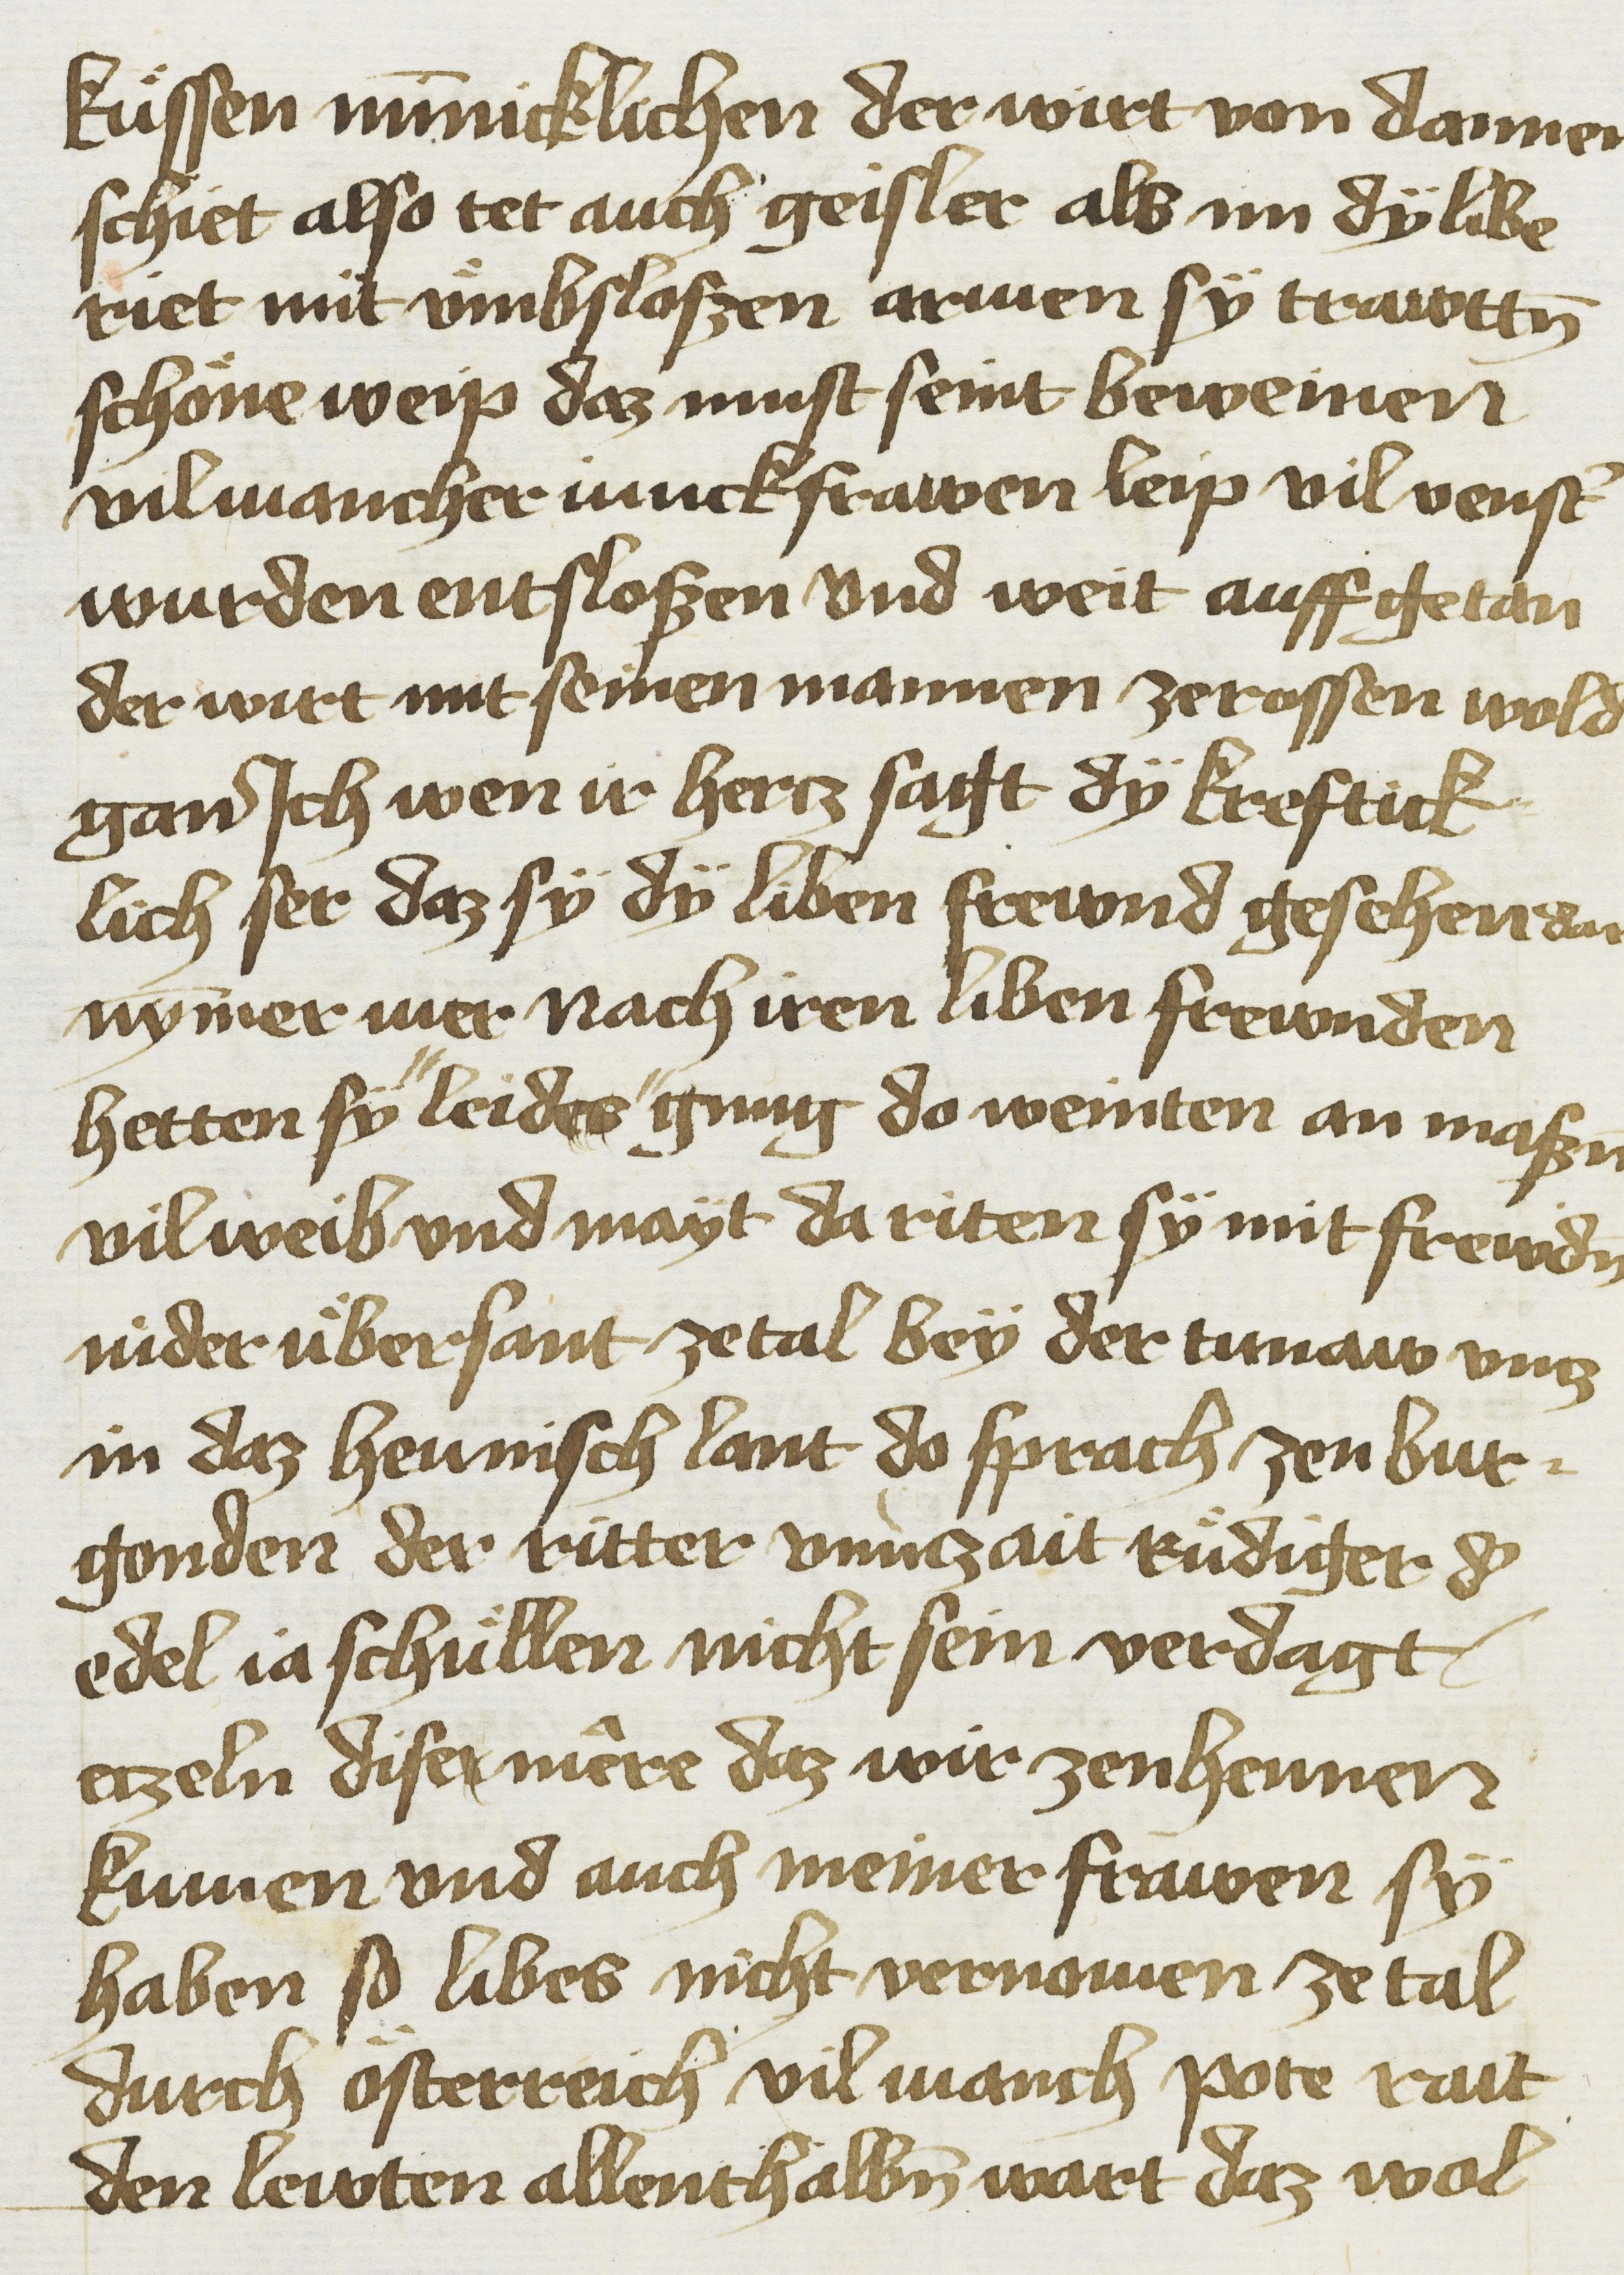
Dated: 1425–1449